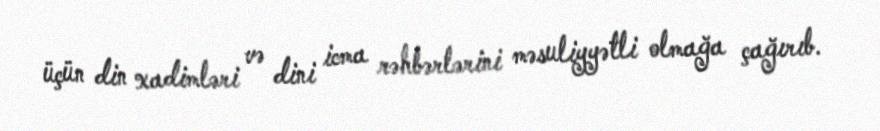
üçün din xadimləri və dini icma rəhbərlərini məsuliyyətli olmağa çağırıb.